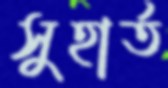
সুহার্ত